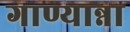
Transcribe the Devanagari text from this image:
गाण्यान्ना